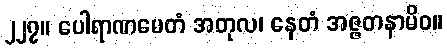
၂၂၇။ ပေါရာဏမေတံ အတုလ၊ နေတံ အဇ္ဇတနာမိဝ။